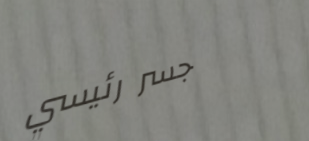
جسر رئيسي